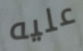
عليه